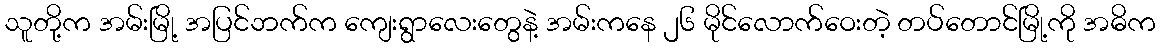
သူတို့က အမ်းမြို့ အပြင်ဘက်က ကျေးရွာလေးတွေနဲ့ အမ်းကနေ ၂၆ မိုင်လောက်ဝေးတဲ့ တပ်တောင်မြို့ကို အဓိက